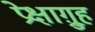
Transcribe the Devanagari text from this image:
प्रेक्षाग़्रुह